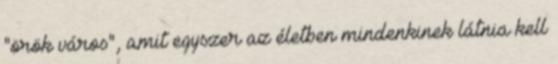
"örök város", amit egyszer az életben mindenkinek látnia kell